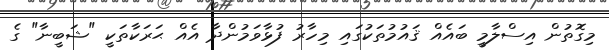
މިގޮތުން އިސްލާމީ ބައެއް ޤައުމުތަކުގައި މިހާރު ފުޅާވަމުންދާ އެއް ޙަރަކާތަކީ "ޝަބީނާ" ގެ